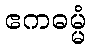
ဧကဓမ္မံ